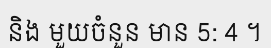
និង មួយចំនួន មាន 5: 4 ។